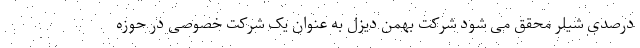
درصدی شیلر محقق می شود شرکت بهمن دیزل به عنوان یک شرکت خصوصی در حوزه